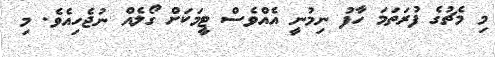
މި މެޗުގެ ފުރަތަމަ ހާފު ނިމުނީ އެއްވެސް ޓީމަކަށް ގޯލެއް ނުޖެހިއެވެ. މި